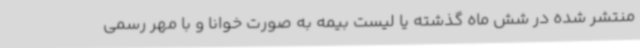
منتشر شده در شش ماه گذشته یا لیست بیمه به صورت خوانا و با مهر رسمی